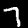
Label: 7